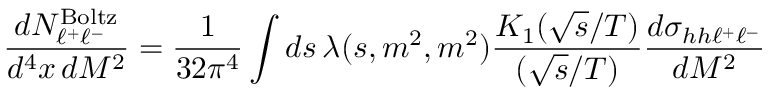
{ \frac { d N _ { \ell ^ { + } \ell ^ { - } } ^ { \mathrm { B o l t z } } } { d ^ { 4 } x \, d M ^ { 2 } } } = { \frac { 1 } { 3 2 \pi ^ { 4 } } } \int d s \, \lambda ( s , m ^ { 2 } , m ^ { 2 } ) { \frac { K _ { 1 } ( \sqrt { s } / T ) } { ( \sqrt { s } / T ) } } { \frac { d \sigma _ { h h \ell ^ { + } \ell ^ { - } } } { d M ^ { 2 } } }